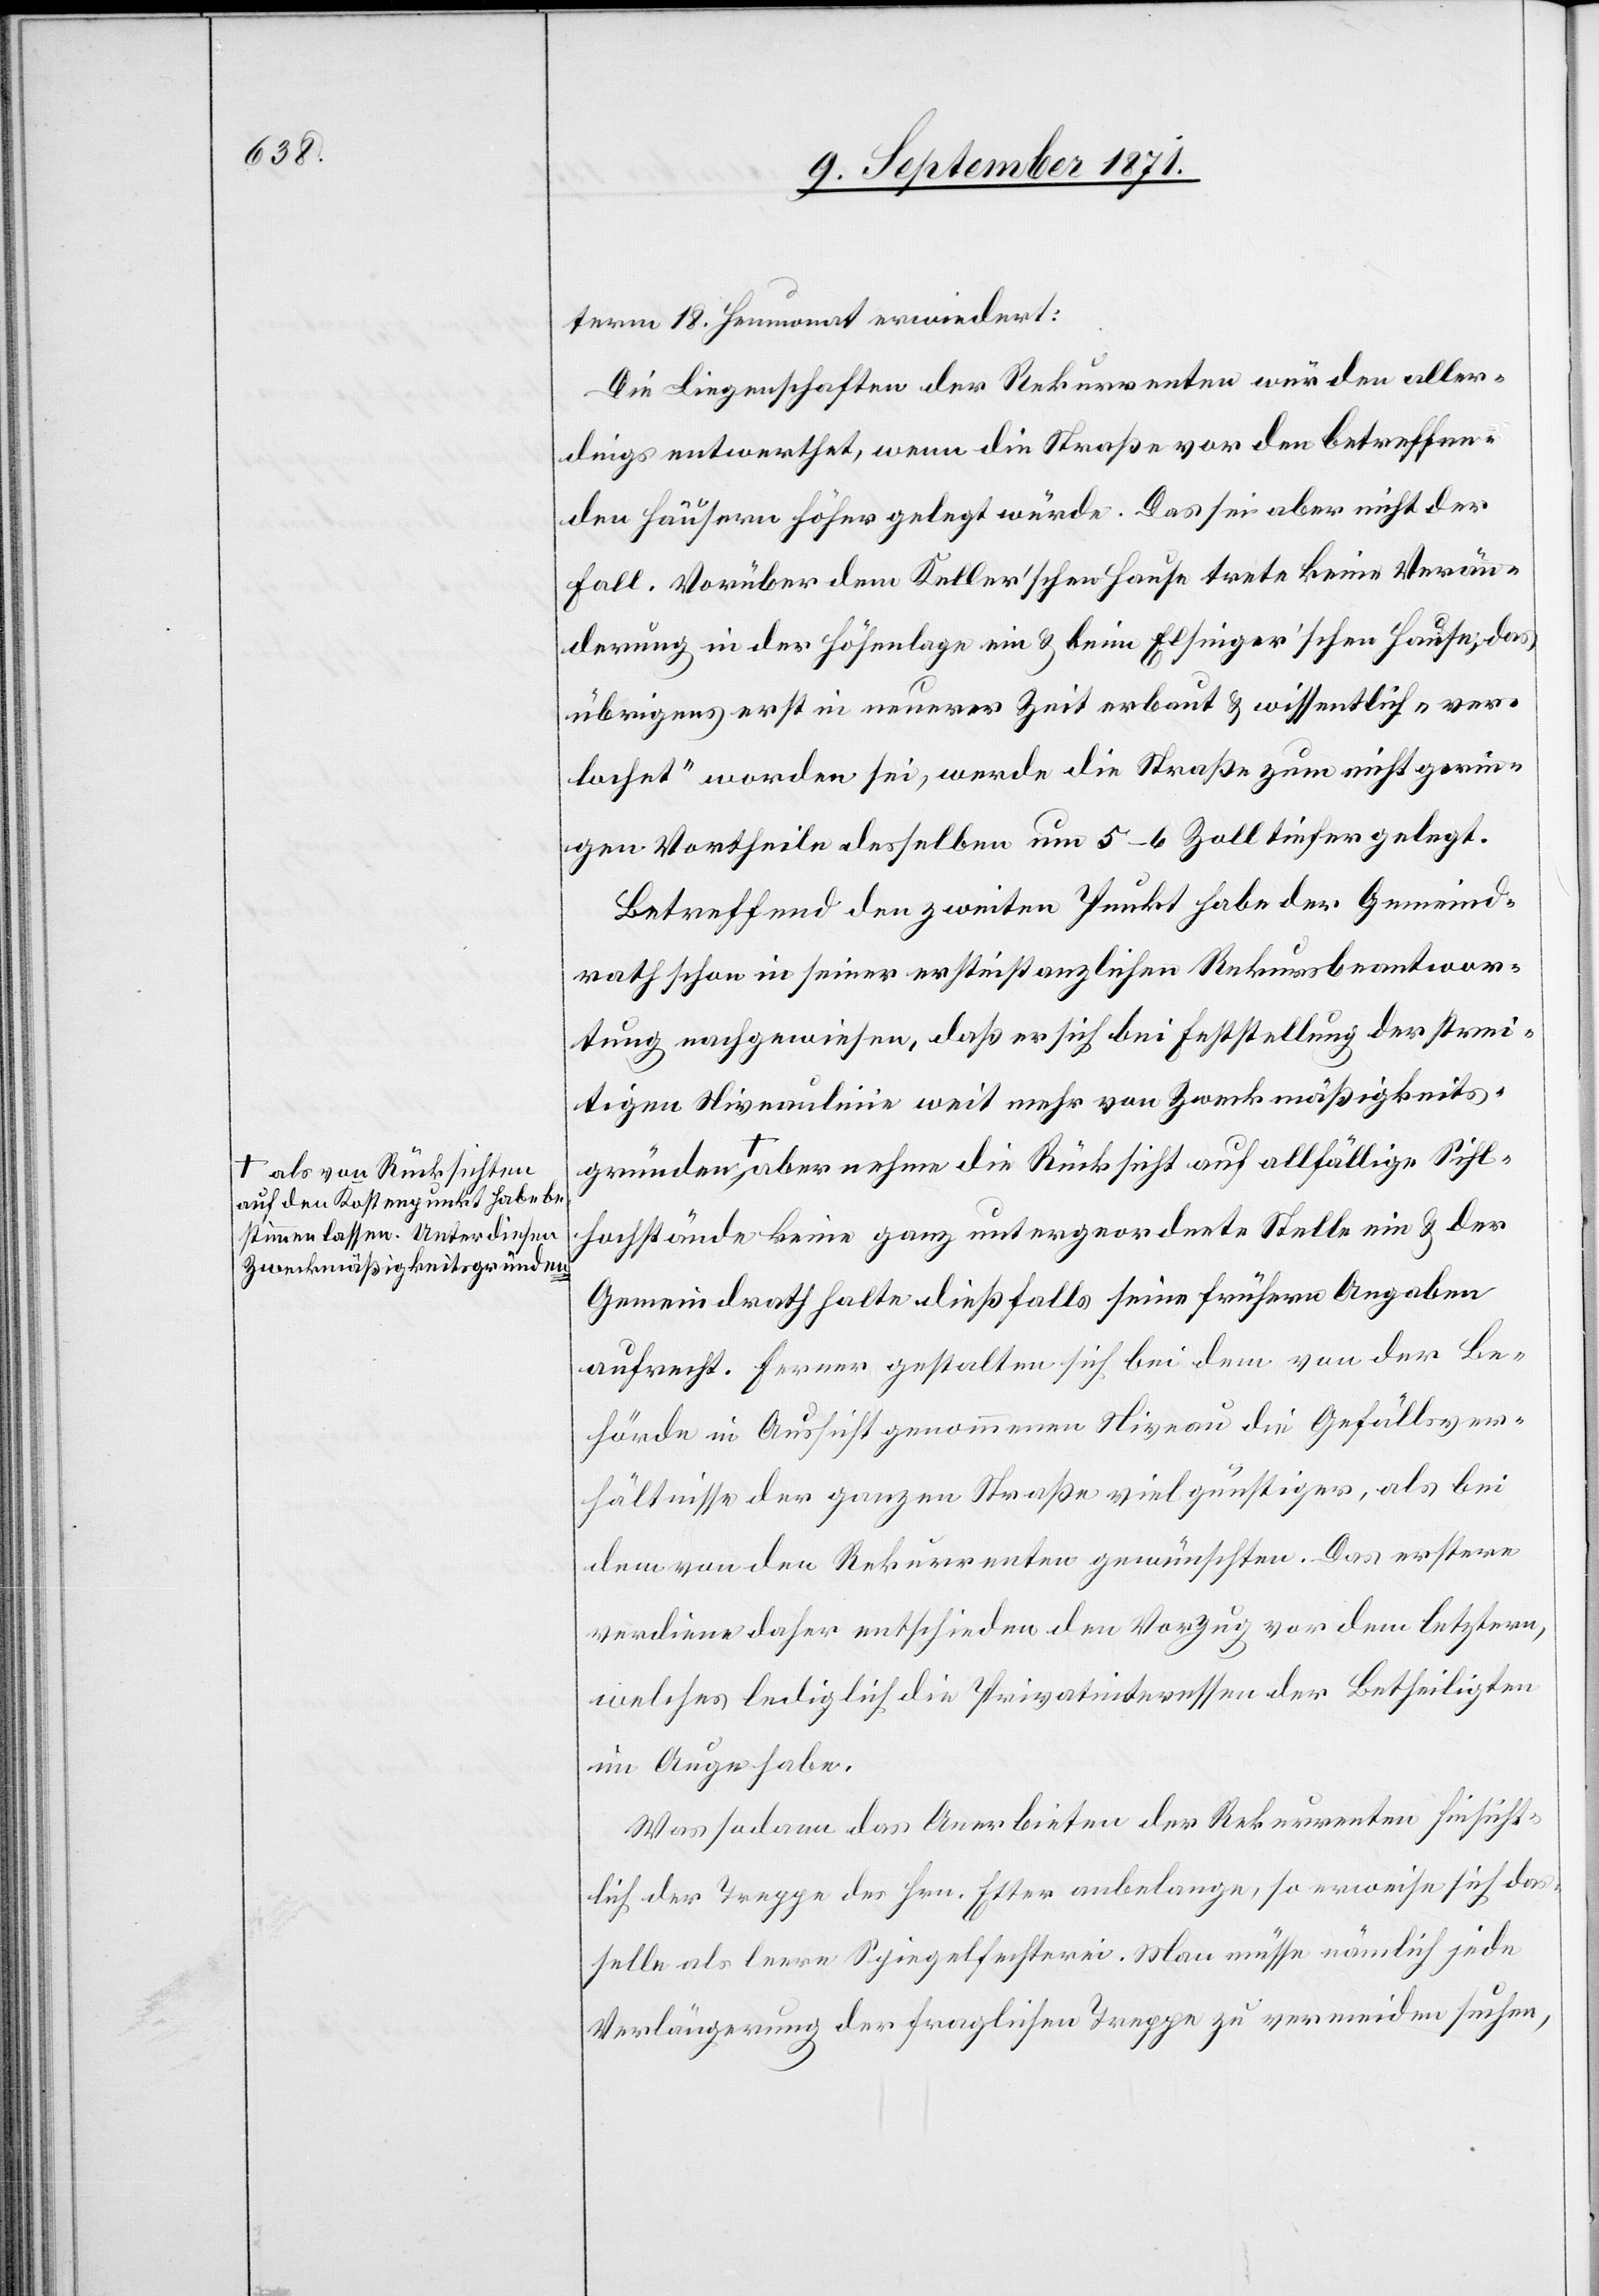
nden a-als von Rücksichten
auf den Kostenpunkt habe be¬
stimmen lassen. Unter diesen
Zweckmäßigkeitsgründen-a

term 18. Heumonat erwiedert:
Die Liegenschaften der Rekurrenten würden aller¬
dings entwerthet, wenn die Straße vor den betreffen¬
den Häusern höher gelegt würde. Das sei aber nicht der
Fall. Vorüber dem Keller’schen Hause trete keine Verän¬
derung in der Höhenlage ein & beim Elsinger’schen Hause; das
übrigens erst in neuerer Zeit erbaut & willentlich „ver¬
lochet“ worden sei, werde die Straße zum nicht gerin¬
gen Antheile desselben um 5–6 Zoll tiefergelegt.
Betreffend den zweiten Punkt habe der Gemeind¬
rath schon in seiner erstinstanzlichen Rekursbeantwor¬
tung nachgewiesen, daß er sich bei Feststellung der strei¬
tigen Niveaulinie weit mehr von Zweckmäßigkeitsgrü¬
Sihlhochstände keine ganz untergeordnete Stelle ein & der
Gemeindrath halte dießfalls seine früheren Angaben
aufrecht. Ferner gestalten sich bei dem von der Be¬
hörde in Aussicht genommenen Niveau die Gefällsver¬
hältnisse der ganzen Straße viel günstiger, als bei
dem von den Rekurrenten gewünschten. Das erstere
verdiene daher entschieden den Vorzug vor dem letztern,
welches lediglich die Privatinteressen der Betheiligten
im Auge habe.
Was sodann das Anerbieten der Rekurrenten hinsicht¬
lich der Treppe des Hrn. Etter anbelange, so erweise sich das¬
selbe als leere Spiegelfechterei. Man müsse nämlich jede
Verlängerung der fraglichen Treppe zu vermeiden suchen,